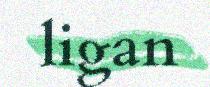
ligan